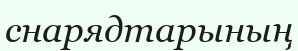
снарядтарының